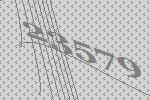
23579